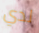
لدي